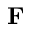
\mathbf { F }